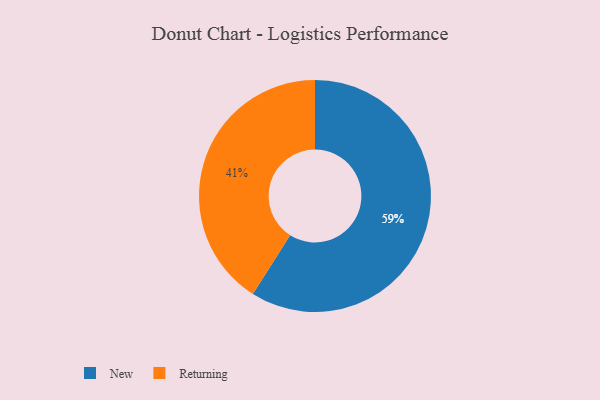
{"axis": {"x": "Category", "y": "Percentage"}, "legend": ["New", "Returning"], "data": [{"x": "New", "y": 59, "type": "New"}, {"x": "Returning", "y": 41, "type": "Returning"}]}